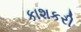
કાશકરી